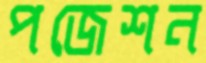
পজেশন